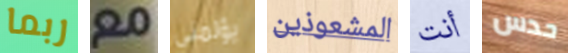
ربما مع يؤلمنى المشعوذين أنت حدس